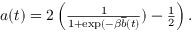
\begin{array} { r } { a ( t ) = 2 \left( \frac { 1 } { 1 + \exp ( - \beta \overline { { b } } ( t ) } ) - \frac { 1 } { 2 } \right) . } \end{array}